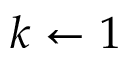
k \gets 1